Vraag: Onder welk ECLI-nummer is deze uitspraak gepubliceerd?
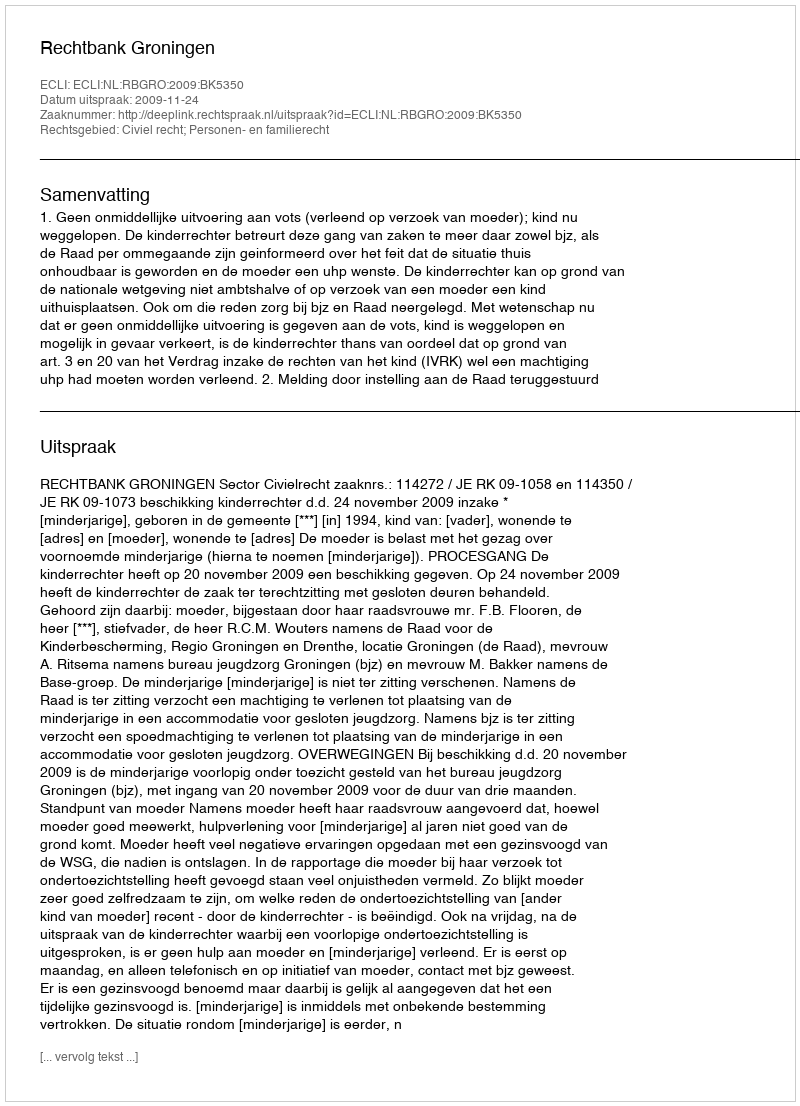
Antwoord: ECLI:NL:RBGRO:2009:BK5350